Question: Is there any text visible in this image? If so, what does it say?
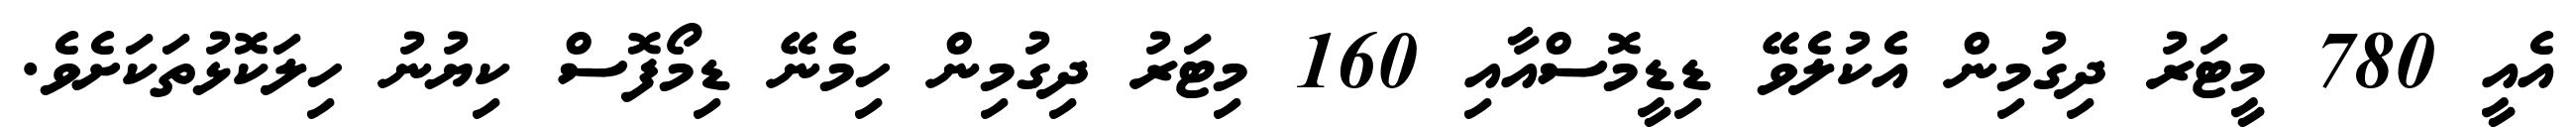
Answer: އެއީ 780 މީޓަރު ދިގުމިން އެކުލެވޭ ޑިޑީމޮސްއާއި 160 މިޓަރު ދިގުމިން ހިމެނޭ ޑިމޯފޮސް ކިޔުނު ހިލަކޮޅުތަކަށެވެ.